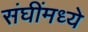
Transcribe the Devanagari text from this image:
संघींमध्ये